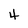
Character: 4